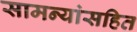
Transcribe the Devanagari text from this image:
सामन्यांसहित